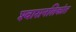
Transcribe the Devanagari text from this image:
श्‍वासनलिकांत